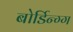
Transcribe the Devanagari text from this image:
बोर्डिन्ग्ग